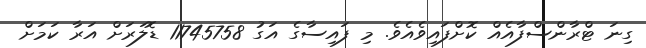
ގިނަ ޓްރާންސްފާއެއް ކޮށްފައިވެއެވެ. މި ފައިސާގެ އަގު 11745758 ޑޮލަރަށް އަރާ ކަމަށް